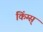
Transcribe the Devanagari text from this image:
किंग्स्